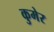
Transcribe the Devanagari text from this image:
कुमेर